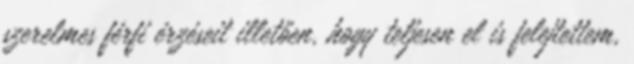
szerelmes férfi érzéseit illetően, hogy teljesen el is felejtettem,